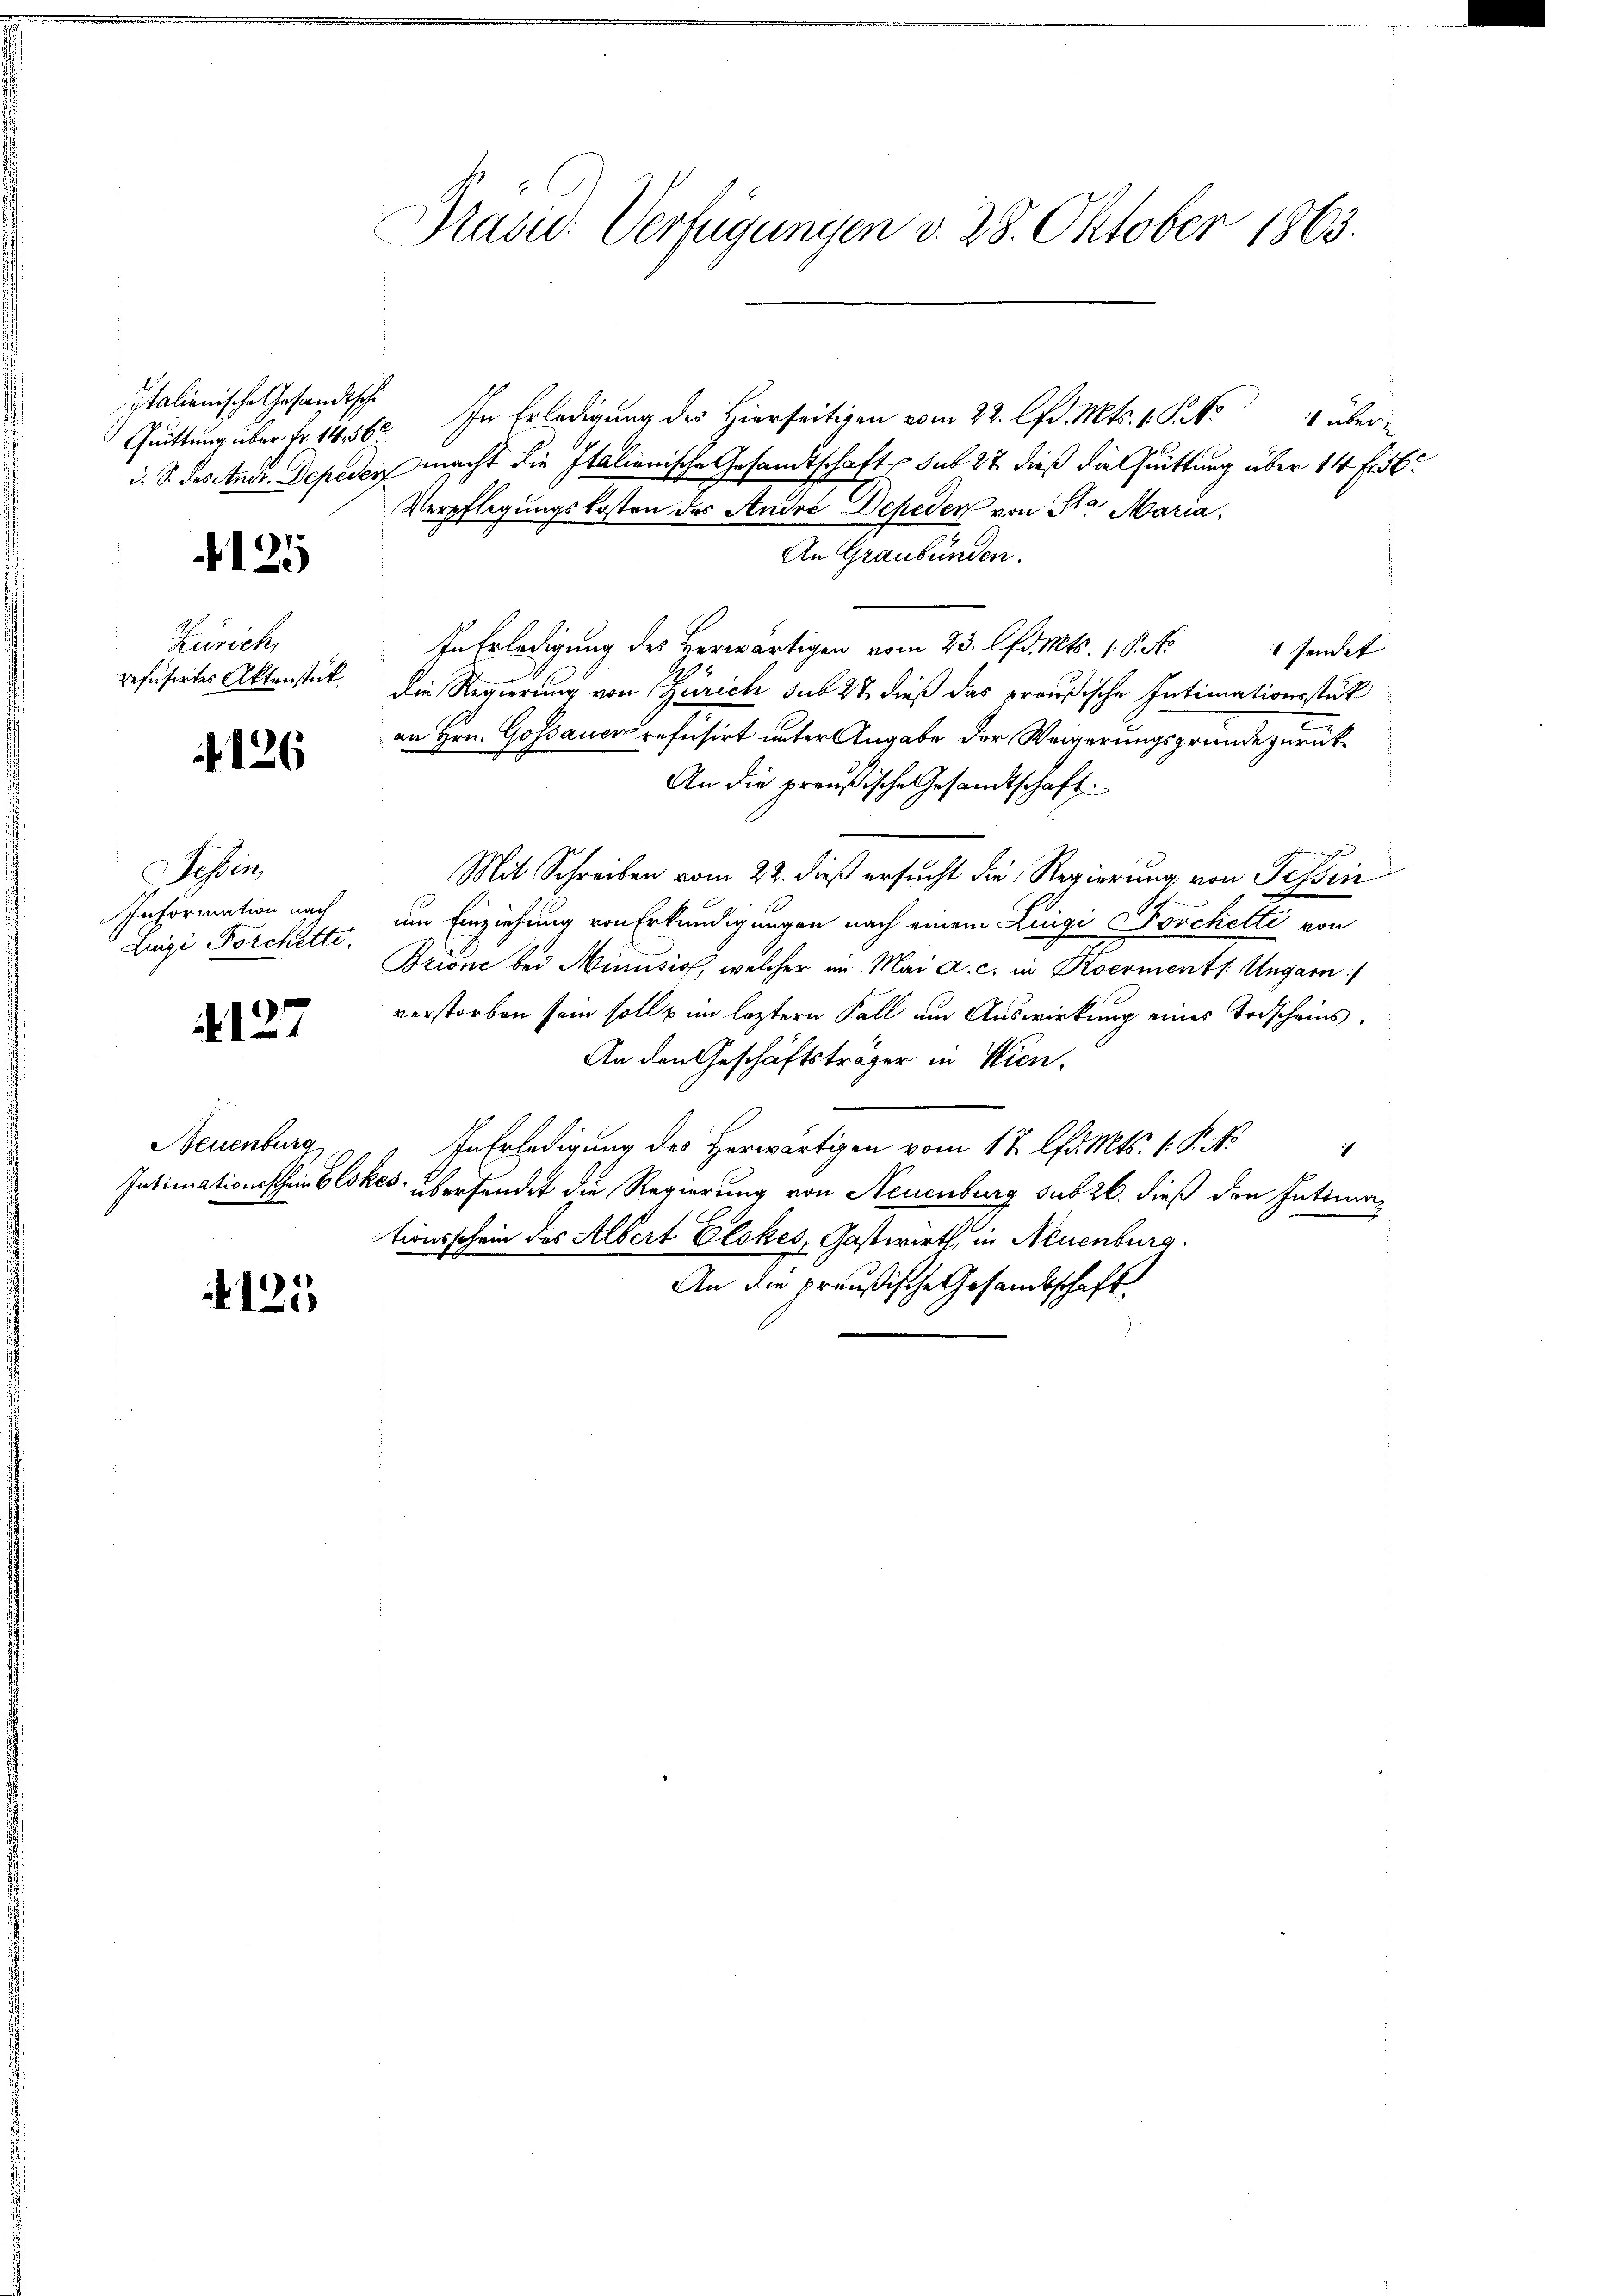
Italienische Gesandtschi

125

Zürich,
refüsiertes Aktenstück

126

Sessen
Information nach
Zuigi Forchetti.

4127

Neuenburg

125

Prasic: Verfügungen d. 28. Oktober 1863.

Quittung über Fr. 1456. In Erledigung der Hierseitigen vom 22. lfd. Mts. 1. P. M. überd. S. Descende Depesens macht die Italienische Gesandtschaft sub 27. dieß die Quittung über 14 f 56
Verpflegungskosten des Andre Depeder von Sta Maria,
An Graubünden.
In Erledigung des verwärtigen vom 23. lfd. Mts. 1. P. No
 sendet |
Die Regierung von Zürich sub 27 dieß das preußische Intimationsstük
an Hrn. Gossauer refusirt unter Angabe der Weigerungsgründe zurück¬
An die preußische Gesandtschaft:
t |
Mit Schreiben vom 22. dieß ersucht die Regierung von Tessin
f
im Einziehung von Erkundigungen nach einem Luigi Poschetti von
Brione bei Minusio, welcher im Mai a. c. in Roermentl. Ungarn
verstorben sein soll im leztern Fall um Auswirkung eines Todscheins¬
An den Geschäftsträger in Wien.
InErledigung des Herwärtigen vom 17. lfd. Mts. 1. P. N
1
Intimationsscheinbeskes überfindet die Regierung von Neuenburg subzb. dieß den Intimationsschein des Albert Elskes, Gastwirth, in Neuenburg.
An die preußische Gesamtschaft.